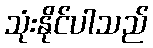
သုံးနိုင်ပါသည်